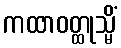
ကထာဝတ္ထုသ္မိံ